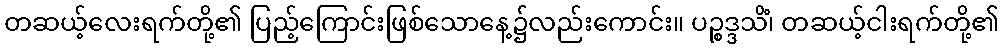
တဆယ့်လေးရက်တို့၏ ပြည့်ကြောင်းဖြစ်သောနေ့၌လည်းကောင်း။ ပဉ္စဒ္ဒသိံ၊ တဆယ့်ငါးရက်တို့၏